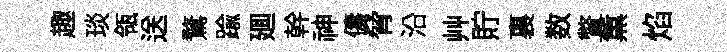
趣琰瓴送鶩踰廽幹神儔脅沿艸貯裏数瞥薫焰